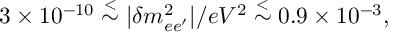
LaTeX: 3 \times 1 0 ^ { - 1 0 } \stackrel { < } { \sim } | \delta m _ { e e ^ { \prime } } ^ { 2 } | / e V ^ { 2 } \stackrel { < } { \sim } 0 . 9 \times 1 0 ^ { - 3 } ,